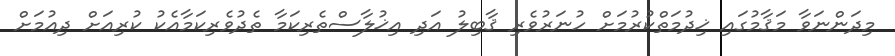
މިދަންނަވާ މަޤާމުގައި ޚިދުމަތްކުރުމަށް ހުނަރުވެރި ޤާބިލު އަދި އިޚުލާސްތެރިކަމާ ތެދުވެރިކަމާއެކު ކުރިއަށް ދިއުމަށް